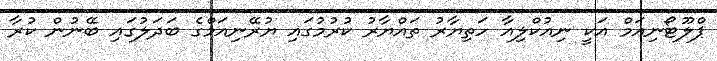
ޕްލޫޓޯނިއަމް އަކީ ނިއުކްލިއާ ހަތިޔާރު ތައްޔާރު ކުރުމުގައި ޔުރޭނިއަމްގެ ބަދަލުގައި ބޭނުން ކުރާ